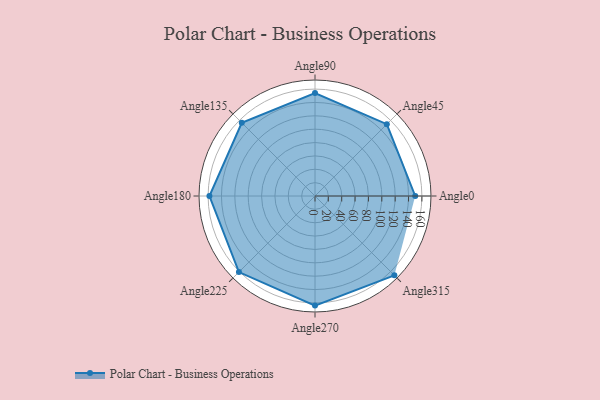
{"axis": {"x": "Angle", "y": "Radius"}, "legend": [""], "data": [{"x": "Angle0", "y": 150.0, "type": ""}, {"x": "Angle45", "y": 152.0, "type": ""}, {"x": "Angle90", "y": 154.0, "type": ""}, {"x": "Angle135", "y": 155.0, "type": ""}, {"x": "Angle180", "y": 158.0, "type": ""}, {"x": "Angle225", "y": 161.0, "type": ""}, {"x": "Angle270", "y": 164.0, "type": ""}, {"x": "Angle315", "y": 168.0, "type": ""}]}